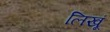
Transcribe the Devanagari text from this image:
लिखूं